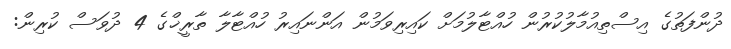
ދުންފަތުގެ އިސްތިއުމާލުކުރުން ހުއްޓާލުމަށް ކައިރިވަމުން އަންނައިރު ހުއްޓާލާ ތާރީޚްގެ 4 ދުވަސް ކުރިން: